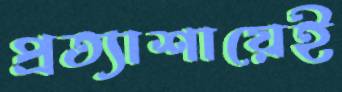
প্রত্যাশায়েই